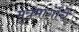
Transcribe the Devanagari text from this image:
मूत्रमार्गाचे